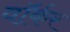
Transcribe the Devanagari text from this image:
वाॅर्कर